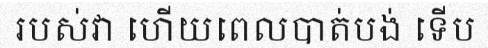
របស់វា ហើយពេលបាត់បង់ ទើប